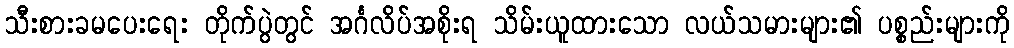
သီးစားခမပေးရေး တိုက်ပွဲတွင် အင်္ဂလိပ်အစိုးရ သိမ်းယူထားသော လယ်သမားများ၏ ပစ္စည်းများကို